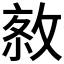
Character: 𢽮